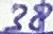
Text: 38